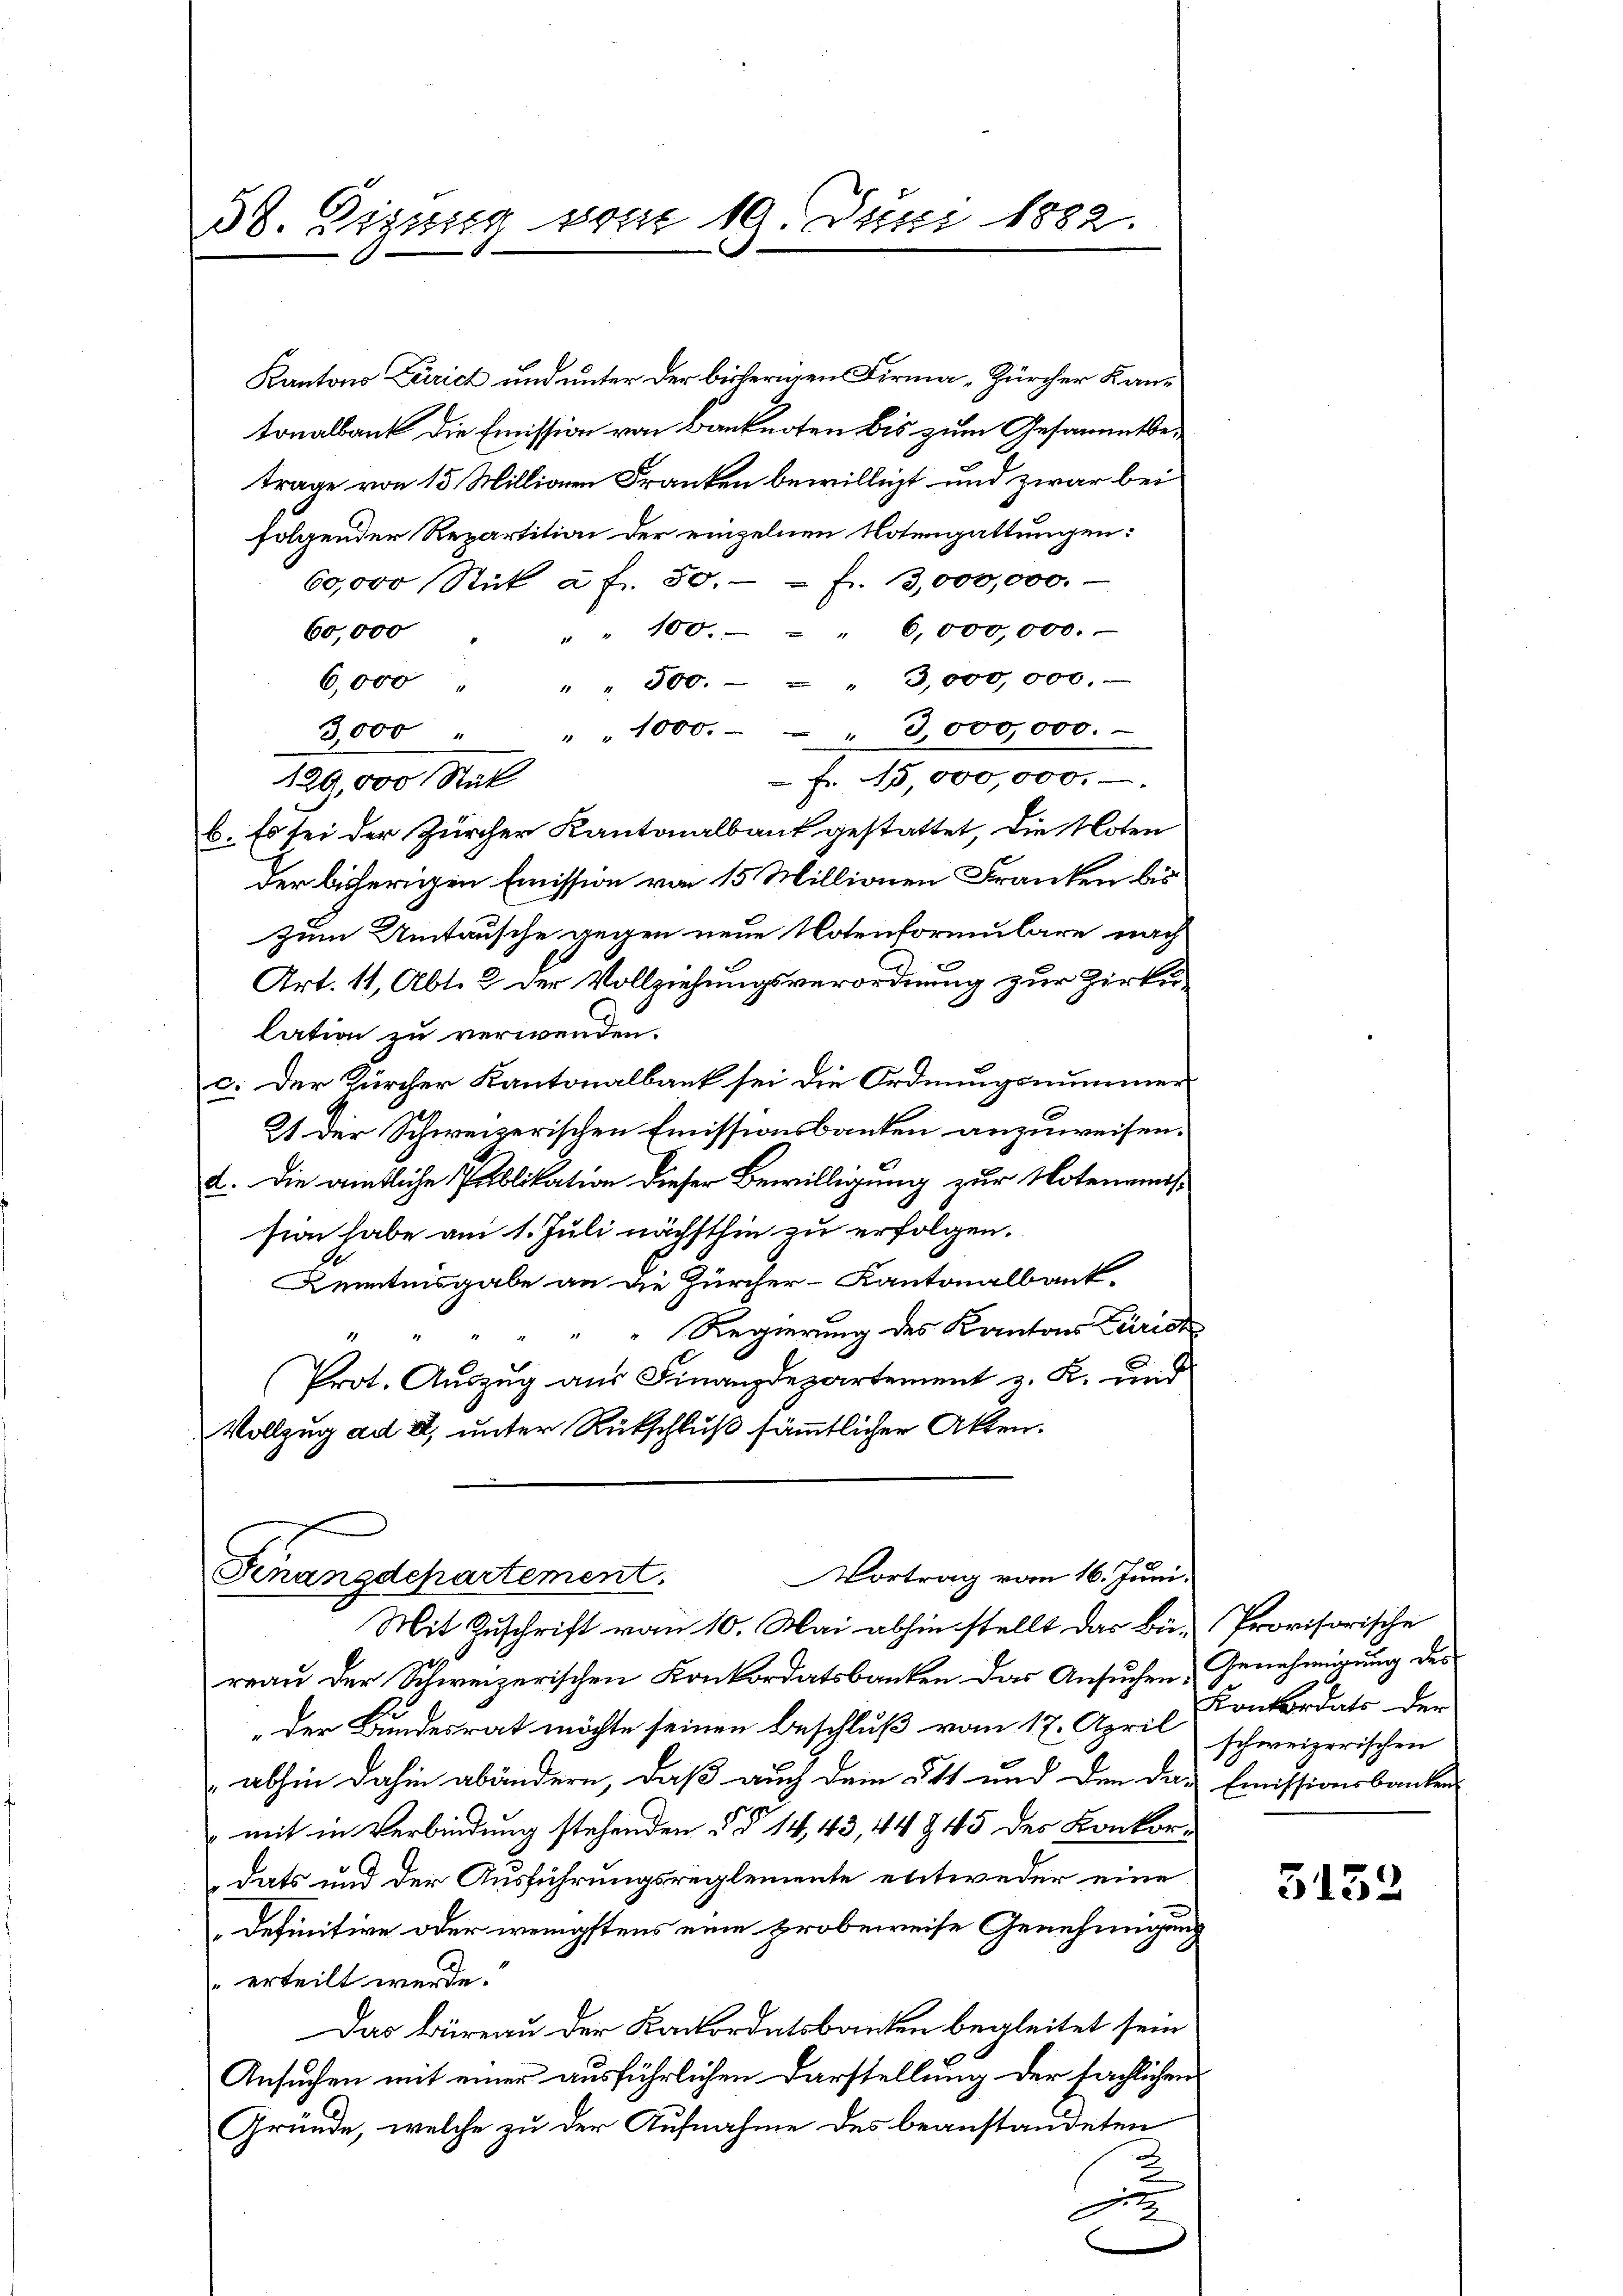
38. Zigung vom 19. Juni 1882.

Kantons Zürich und unter der bisherigen Firma „Zürcher Kantonalbank die Emission von Banknoten bis zum Gesammtbetrage von 15 Millionen Franken bewilligt und zwar bei
folgender Repartition der einzelnen Notengattungen:
60,000 Stük à f. 50. - - f. 13,000,000.
60,000
" " 100. - " 6,000,000.
6,000 " " " 300. - - " 3,000,000.
3,000 " " " 1000. - " 3,000,000.
 Fr. 15,000,000.
1229,000 Stük
b. Es sei der Zürcher Kantonalbank gestattet, die Noten
der bisherigen Emission von 15 Millionen Franken bis
zum Umtausche gegen neue Notenformulare nach
Art. 11, Abt. 2 der Vollziehungsverordnung zur Zirkunlation zu verwenden.
c. Der Zürcher Kantonalbank sei die Ordnungsnummer
21 der Schweizerischen Emissionsbanken anzuweisen.
a. Die amtliche Publikation dieser Bewilligung zur Notenemis
sion habe am 1. Juli nächsthin zu erfolgen.
Kenntnisgabe an die Zürcher-Kantonalbank.
Regierung des Kantons Zürich
Prot. Auszug aus Finanzdepartement z. K. und
Vollzug ad 2, unter Rückschluß sämmtlicher Akten.

Vortrag vom 16. Juni.
Finanzdepartement.
Mit Zuschrift vom 10. Mai abhin stellt das Bie- Provisorische

reau der Schweizerischen Konkordatsbanken das Ansuchen Genehmigung des
der Bundesrat möchte seinen Beschluß vom 17. April schweizerischen
" abhin dahin abändern, daß auch dem § 1 und den das Emissionsbanken
mit in Verbindung stehenden §§ 14, 43, 44 § 45 des Konkordats und der Ausführungsreglemente entweder eine
Definitive oder wenigstens eine probeweise Genehmigung
erteilt werde.
Das Büreau der Kackordatsbauten begleitet sein
Ansuchen mit einer ausführlichen Darstellung der sächlichen
Gründe, welche zu der Aufnahme des beanstandeten
2
e

6

Konkordats der

3152